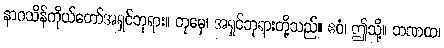
နာဂသိန်ကိုယ်တော်အရှင်ဘုရား။ တုမှေ၊ အရှင်ဘုရားတို့သည်။ ဧဝံ၊ ဤသို့။ ဘဏထ၊